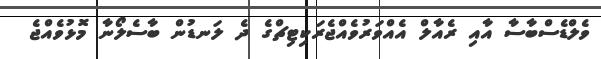
ވެލްޑެސްބާސާ އާއި ރެއާލް އެއްވަރުވެއްޖެރަކިޓިޗްގެ ދެ ލަނޑުން ބާސެލޯނާ މޮޅުވެއްޖެ